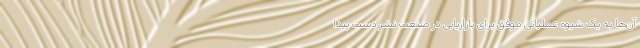
آن‌ها به یک شیوه عملیاتی موفق برای بازاریابی در صنعت نشر دست پیدا